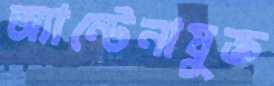
অ্যান্টেনাযুক্ত